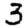
Digit: 3